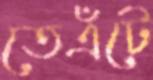
তেএঁটে